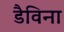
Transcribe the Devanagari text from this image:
डैविना